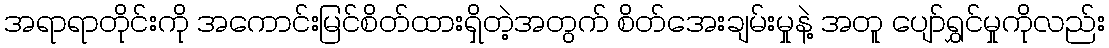
အရာရာတိုင်းကို အကောင်းမြင်စိတ်ထားရှိတဲ့အတွက် စိတ်အေးချမ်းမှုနဲ့ အတူ ပျော်ရွှင်မှုကိုလည်း